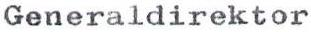
Generaldirektor